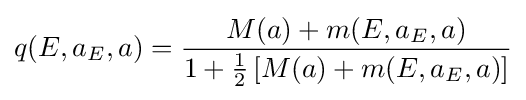
q(E,a_{E},a)={\frac {M(a)+m(E,a_{E},a)}{1+{\frac {1}{2}}\left[M(a)+m(E,a_{E},a)\right]}}